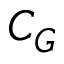
C _ { G }